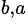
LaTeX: ^{b,a}